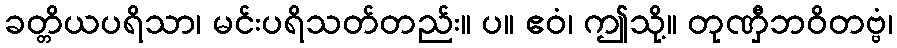
ခတ္တိယပရိသာ၊ မင်းပရိသတ်တည်း။ ပ။ ဧဝံ၊ ဤသို့။ တုဏှီဘဝိတဗ္ဗံ၊